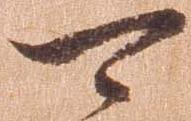
可